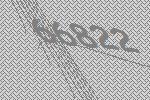
66822